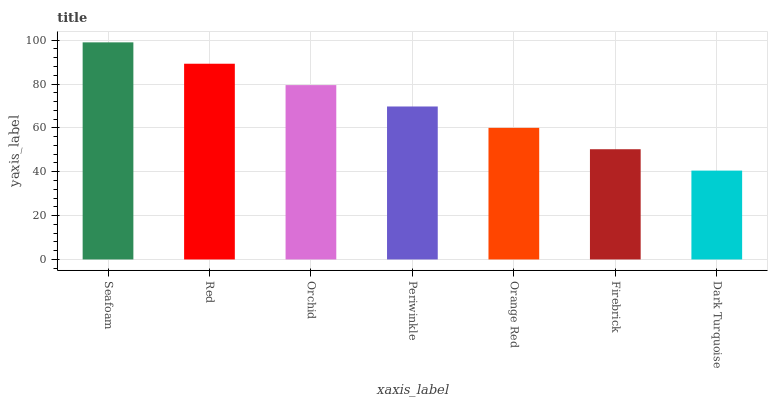
| xaxis_label | bars |
 | --- | --- |
 | Seafoam | 99 |
 | Red | 89.3 |
 | Orchid | 79.5 |
 | Periwinkle | 69.8 |
 | Orange Red | 60 |
 | Firebrick | 50.3 |
 | Dark Turquoise | 40.5 |